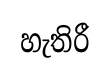
හැතිරී